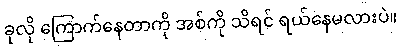
ခုလို ကြောက်နေတာကို အစ်ကို သိရင် ရယ်နေမလားပဲ။